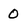
Character: 0